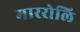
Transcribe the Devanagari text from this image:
माररोलि